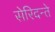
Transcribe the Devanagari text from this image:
सेरिदन्ते